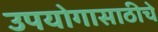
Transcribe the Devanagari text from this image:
उपयोगासाठीचे